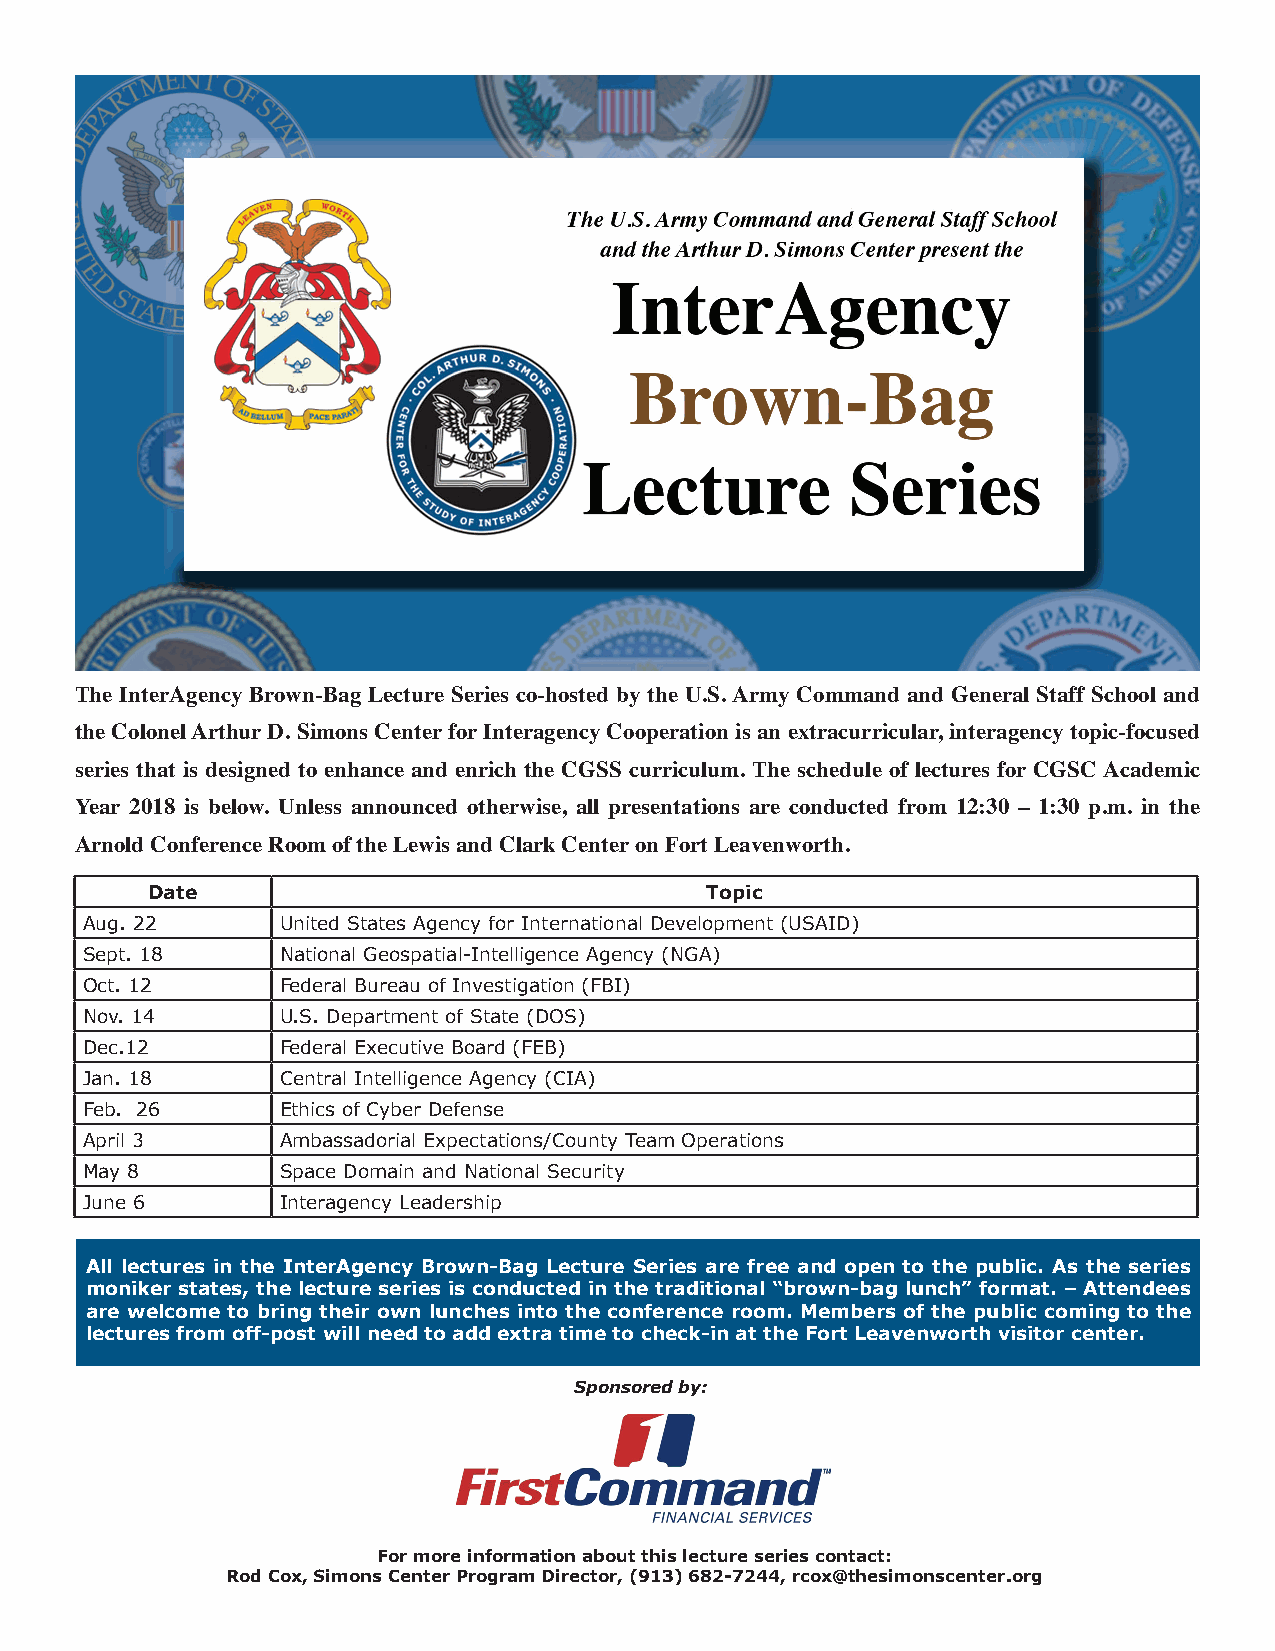
The InterAgency Brown-Bag Lecture Series co-hosted by the U.S. Army Command and General Staff School and
 the Colonel Arthur D. Simons Center for Interagency Cooperation is an extracurricular, interagency topic-focused
 series that is designed to enhance and enrich the CGSS curriculum. The schedule of lectures for CGSC Academic
 Year 2018 is below. Unless announced otherwise, all presentations are conducted from 12:30 – 1:30 p.m. in the
 Arnold Conference Room of the Lewis and Clark Center on Fort Leavenworth.
 Date                                 Topic
 Aug. 22       United States Agency for International Development (USAID)
 Sept. 18      National Geospatial-Intelligence Agency (NGA)
 Oct. 12       Federal Bureau of Investigation (FBI)
 Nov. 14       U.S. Department of State (DOS)
 Dec.12        Federal Executive Board (FEB)
 Jan. 18       Central Intelligence Agency (CIA)
 Feb. 26       Ethics of Cyber Defense
 April 3       Ambassadorial Expectations/County Team Operations
 May 8         Space Domain and National Security
 June 6        Interagency Leadership
 All lectures in the InterAgency Brown-Bag Lecture Series are free and open to the public. As the series
 moniker states, the lecture series is conducted in the traditional “brown-bag lunch” format. – Attendees
 are welcome to bring their own lunches into the conference room. Members of the public coming to the
 lectures from off-post will need to add extra time to check-in at the Fort Leavenworth visitor center.
 Sponsored by:
 For more information about this lecture series contact:
 Rod Cox, Simons Center Program Director, (913) 682-7244, rcox@thesimonscenter.org